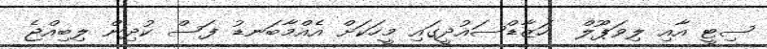
ސިޓީ އާއި ލިވަޕޫލް  ހަޒާޑްސައުދީގައި މީހަކަށް އެއްމާބަނޑު ފަސް ކުދިން ލިބިއްޖެ